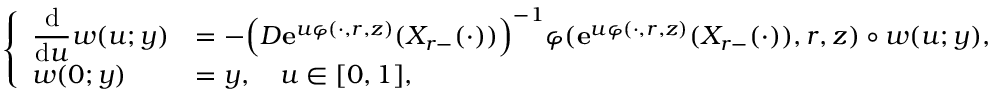
\begin{array} { r } { \left\{ \begin{array} { l l } { \displaystyle \frac { \mathrm { d } } { \mathrm { d } u } w ( u ; y ) } & { = - \Big ( D \mathbf { e } ^ { u \varphi ( \cdot , r , z ) } ( X _ { r - } ( \cdot ) ) \Big ) ^ { - 1 } \varphi ( \mathbf { e } ^ { u \varphi ( \cdot , r , z ) } ( X _ { r - } ( \cdot ) ) , r , z ) \circ w ( u ; y ) , } \\ { w ( 0 ; y ) } & { = y , \quad u \in [ 0 , 1 ] , } \end{array} \right. } \end{array}